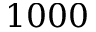
1 0 0 0